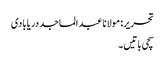
تحریر: مولانا عبد الماجد دریابادی
سچی باتیں۔